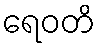
ရေဝတိ